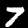
Label: 7